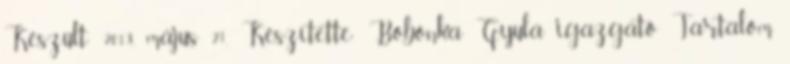
Készült: 2013. május 21. Készítette: Bobonka Gyula igazgató Tartalom